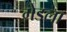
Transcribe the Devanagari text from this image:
गेडला